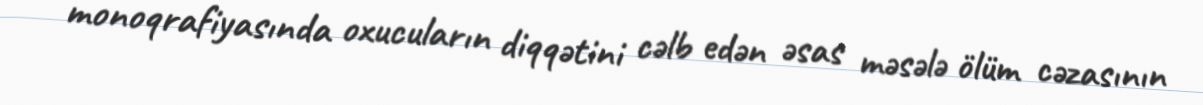
monoqrafiyasında oxucuların diqqətini cəlb edən əsas məsələ ölüm cəzasının